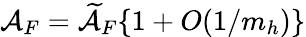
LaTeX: {\cal A}_{F}=\widetilde{\cal A}_{F}\{ 1+O(1/m_{h})\}